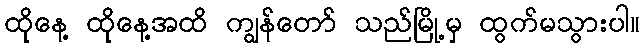
ထိုနေ့ ထိုနေ့အထိ ကျွန်တော် သည်မြို့မှ ထွက်မသွားပါ။